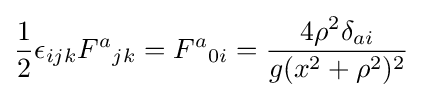
{\frac {1}{2}}\epsilon _{ijk}{F^{a}}_{jk}={F^{a}}_{0i}={\frac {4{\rho }^{2}\delta _{ai}}{g(x^{2}+\rho ^{2})^{2}}}